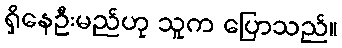
ရှိနေဦးမည်ဟု သူက ပြောသည်။